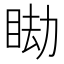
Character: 䀷